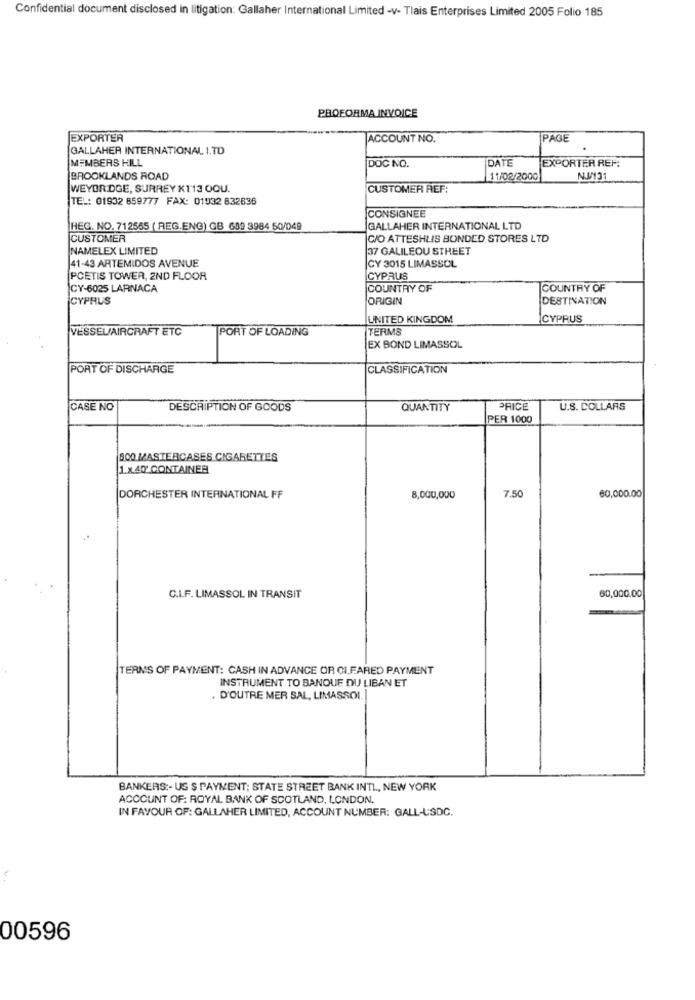
Confidential document disclosed in litigation: Gallaher International Limited -v- Tlais Enterprises Limited 2005 Folio 185
PROFORMA INVOICE
EXPORTER
ACCOUNT NO.
PAGE
GALLAHER INTERNATIONAL I.TD
MEMBERS HILL
DATE
EXPORTER REF:
DOC NO.
BROOKLANDS ROAD
11/02/2000
NU/131
WEYBRIDGE, SURREY K113 OOU.
CUSTOMER REF:
TE .: 01932 859777 FAX: 01032 832636
CONSIGNEE
HEG. NO. 712565 ( REG.ENG) GB 609 3984 50/049
GALLAHER INTERNATIONAL LTD
CUSTOMER
C/O ATTESHUIS BONDED STORES LTD
NAMELEX LIMITED
37 GALILEOU STHEET
41-43 ARTEMIDOS AVENUE
CY 3015 LIMASSOL
PCETIS TOWER, 2ND FLOOR
CYPRUS
CY-6025 LARNACA
COUNTRY OF
COUNTRY OF
CYPRUS
ORIGIN
DESTINATION
UNITED KINGDOM
CYPRUS
VESSEL/AIRCRAFT ETC
PORT OF LOADING
TERMS
EX BOND LIMASSOL
PORT OF DISCHARGE
CLASSIFICATION
CASE NO
DESCRIPTION OF GOODS
QUANTITY
PRICE
U.S. COLLARS
PER 1000
800 MASTERCASES CIGARETTES
1.x40' CONTAINER
7.50
60,000.00
DORCHESTER INTERNATIONAL FF
8,000,000
60,000.00
C.I.F. LIMASSOL IN TRANSIT
TERMS OF PAYMENT: CASH IN ADVANCE OR CLEARED PAYMENT
INSTRUMENT TO BANQUE DU LIBAN ET
. D'OUTRE MER SAL, LIMASSOL
BANKERS :- US $ PAYMENT; STATE STREET BANK INTL, NEW YORK
ACCOUNT OF: ROYAL BANK OF SCOTLAND, LONDON.
IN FAVOUR OF: GALLAHER LIMITED, ACCOUNT NUMBER: GALL-USDC.
00596